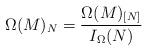
LaTeX: \begin{align*}\Omega(M)_N = \frac{\Omega(M)_{[N]}}{I_\Omega(N)}\end{align*}